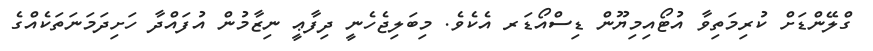
ގްލޭންޑަށް ކުރިމަތިވާ އުޓޯއިމިޔޫން ޑިސްއޯޑަރ އެކެވެ. މިބަލިޖެހެނީ ދިފާޢީ ނިޒާމުން އުފައްދާ ހަށިދަމަނަތަކެއްގެ